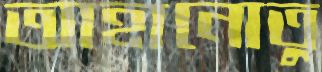
আহানোতু